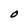
Character: O